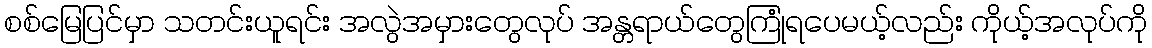
စစ်မြေပြင်မှာ သတင်းယူရင်း အလွဲအမှားတွေလုပ် အန္တရာယ်တွေကြုံရပေမယ့်လည်း ကိုယ့်အလုပ်ကို